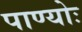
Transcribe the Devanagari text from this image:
पाण्योः